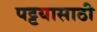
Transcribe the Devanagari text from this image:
पट्टयासाठी